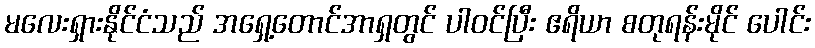
မလေးရှားနိုင်ငံသည် အရှေ့တောင်အာရှတွင် ပါဝင်ပြီး ဧရိယာ စတုရန်းမိုင် ပေါင်း